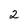
Character: 2